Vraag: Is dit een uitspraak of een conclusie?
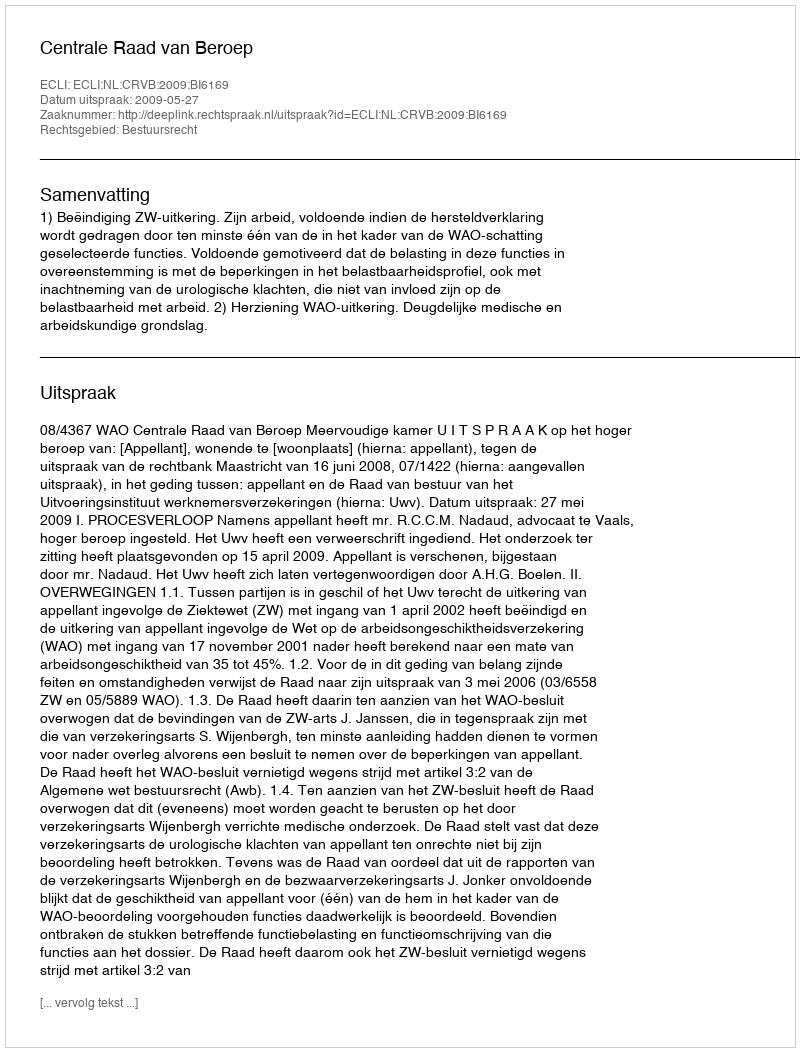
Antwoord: Uitspraak